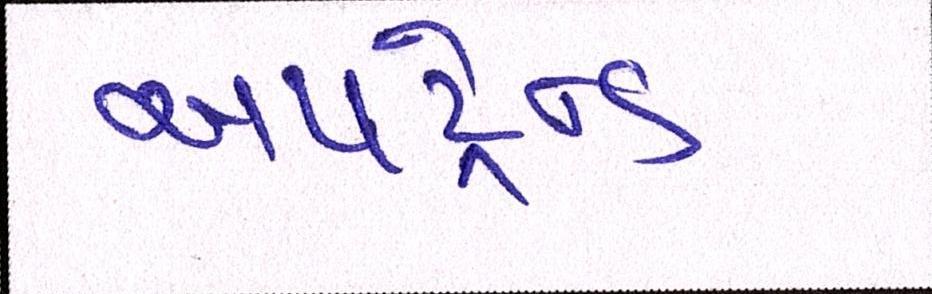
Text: અપટ્રેન્ડ